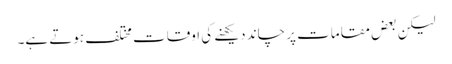
لیکن بعض مقامات پر چاند دیکھنے کی اوقات مختلف ہوتے ہے۔